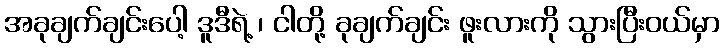
အခုချက်ချင်းပေါ့ ဒူဒီရဲ့ ၊ ငါတို့ ခုချက်ချင်း ဖူးလားကို သွားပြီးဝယ်မှာ